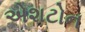
એશટોન